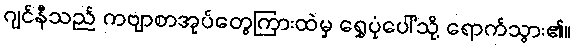
ဂျင်နီသည် ကဗျာစာအုပ်တွေကြားထဲမှ ရွှေပုံပေါ်သို့ ရောက်သွား၏။